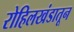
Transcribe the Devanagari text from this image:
रोहिलखंडातून